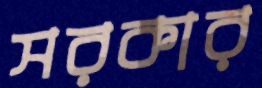
সরকার